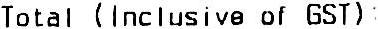
TOTAL (INCLUSIVE OF GST) :